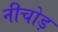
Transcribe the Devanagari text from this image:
नीचोड़